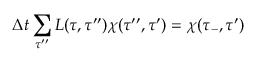
\Delta t \sum _ { \tau ^ { \prime \prime } } L ( \tau , \tau ^ { \prime \prime } ) \chi ( \tau ^ { \prime \prime } , \tau ^ { \prime } ) = \chi ( \tau _ { - } , \tau ^ { \prime } )